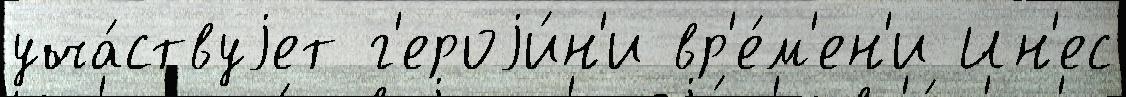
уча́ствуjет г'ероjи́н'и вр'е́м'ен'и Ин'ес